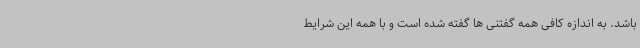
باشد. به اندازه کافی همه گفتنی ها گفته شده است و با همه این شرایط